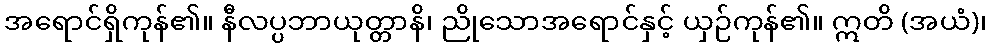
အရောင်ရှိကုန်၏။ နီလပ္ပဘာယုတ္တာနိ၊ ညိုသောအရောင်နှင့် ယှဉ်ကုန်၏။ ဣတိ (အယံ)၊